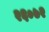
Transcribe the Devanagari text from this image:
२६०७२